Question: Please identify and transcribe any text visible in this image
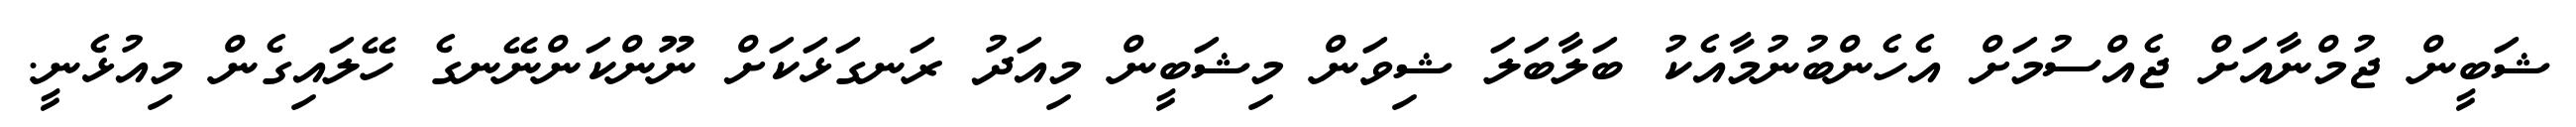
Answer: ޝަބީން ޖުމްނާއަށް ޖެއްސުމަށް އެހެންބުނުމާއެކު ބަލާބަލަ ޝިވަން މިޝަބީން މިއަދު ރަނގަޅަކަށް ނޫންކަންނޭނގެ ހޭލައިގެން މިއުޅެނީ.